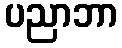
ပညာဘာ